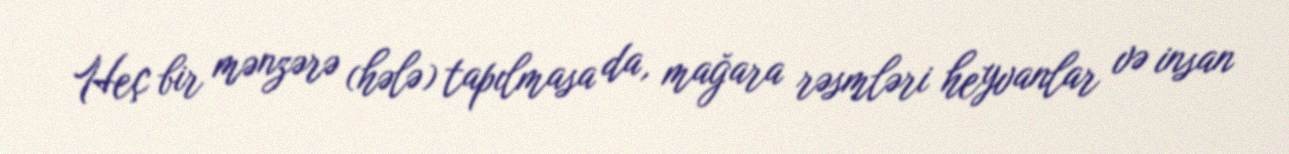
Heç bir mənzərə (hələ) tapılmasa da, mağara rəsmləri heyvanlar və insan